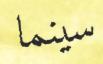
سينما